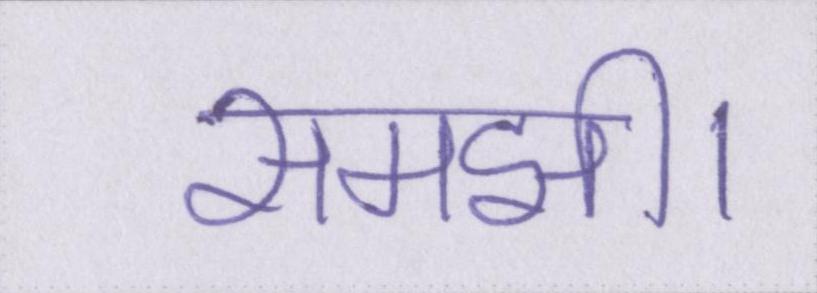
समझी।